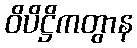
ဝိပိဋ္ဌိကတွာန